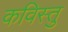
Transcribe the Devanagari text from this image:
कविस्तु